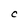
Character: C